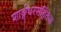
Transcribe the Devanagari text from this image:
शार्ङ्गधरसंहितेचा